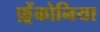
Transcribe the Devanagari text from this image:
फ़्रेंकोनिया